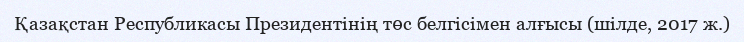
Қазақстан Республикасы Президентінің төс белгісімен алғысы (шілде, 2017 ж.)